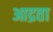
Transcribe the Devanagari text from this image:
आद्रता